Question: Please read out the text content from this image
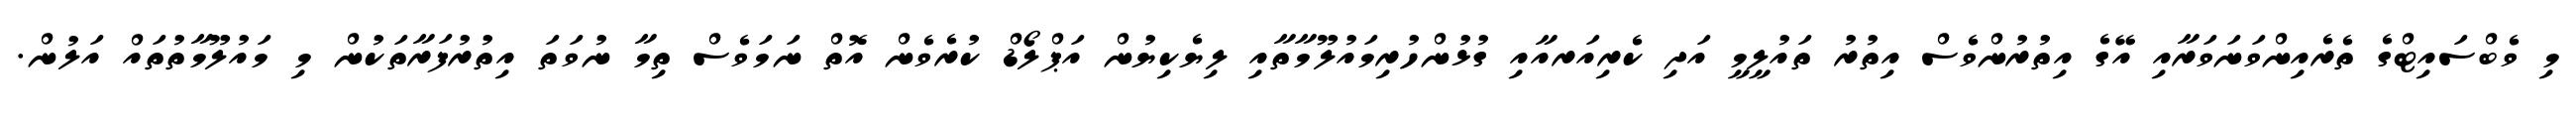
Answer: މި ވެބްސައިޓްގެ ތެރެއިންވަނަވަރާއި އޭގެ އިތުރުންވެސް އިތުރު ތައުލީމީ އަދި ކެރިއަރއާއި ގުޅުންހުރިމައުލޫމާތާއި ލިޔެކިޔުން އަޕްލޯޑް ކުރެވެން އޮތް ނަމަވެސް ތިމާ ނުވަތަ އިތުރުފަރާތަކުން މި މައުލޫމާތުތައް އަލުން.